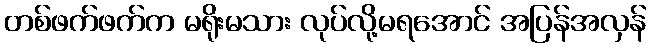
တစ်ဖက်ဖက်က မရိုးမသား လုပ်လို့မရအောင် အပြန်အလှန်